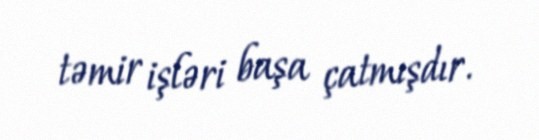
təmir işləri başa çatmışdır.